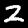
Digit: 2